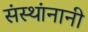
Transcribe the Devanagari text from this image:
संस्थांनानी